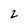
Character: 2